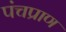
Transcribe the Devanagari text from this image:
पंचप्राण